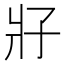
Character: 𰠗